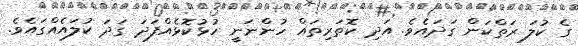
ގެ ކުލަ ރަތްކަން ގަދައެވެ. އަދި ކޮތަރިތައް ހުންނަނީ ހުޅުކޮޅެއްފަދަ ގަދަ ކުލައެއްގައެވެ.